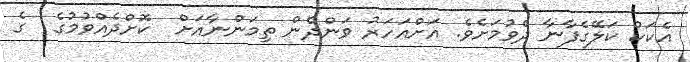
އެކަކު ކަލޭގެފާނާ ދެވުމަށެވެ. އަށްއަހަރު ވަންދެން ތިމަންނާއަށް  ކޮށްދެއްވުމުގެ  ގެ